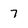
Character: 7